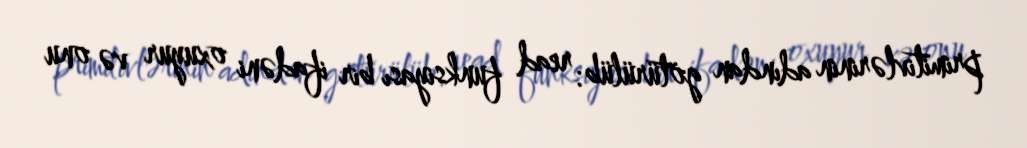
primitivlərinin adından götürülüb: read funksiyası bir ifadəni oxuyur və onu